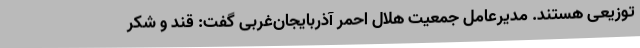
توزیعی هستند. مدیرعامل جمعیت هلال احمر آذربایجان‌غربی گفت: قند و شکر